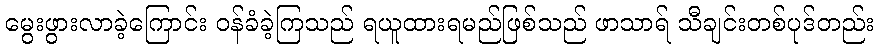
မွေးဖွားလာခဲ့ကြောင်း ဝန်ခံခဲ့ကြသည် ရယူထားရမည်ဖြစ်သည် ဖာသာရ် သီချင်းတစ်ပုဒ်တည်း